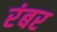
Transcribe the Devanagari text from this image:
रंबर